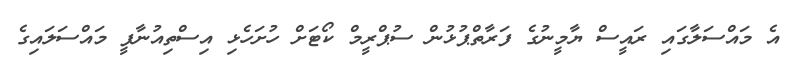
އެ މައްސަލާގައި ރައީސް ޔާމީނުގެ ފަރާތްޕުޅުން ސުޕްރީމް ކޯޓަށް ހުށަހެޅި އިސްތިއުނާފީ މައްސަލައިގެ